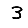
Digit: 3